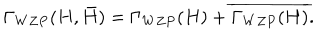
\Gamma _ { W Z P } ( H , \bar { H } ) = \Gamma _ { W Z P } ( H ) + \overline { { { \Gamma _ { W Z P } ( H ) } } } .